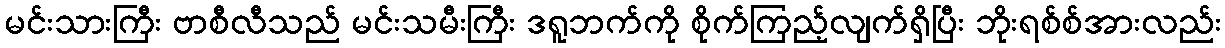
မင်းသားကြီး ဗာစီလီသည် မင်းသမီးကြီး ဒရူဘက်ကို စိုက်ကြည့်လျက်ရှိပြီး ဘိုးရစ်စ်အားလည်း